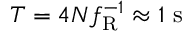
T = 4 N f _ { \mathrm { R } } ^ { - 1 } \approx 1 ~ \mathrm { s }